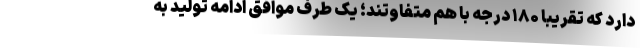
دارد که تقریبا ۱۸۰ درجه با هم متفاوتند؛ یک طرف موافق ادامه تولید به